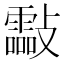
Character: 㪮